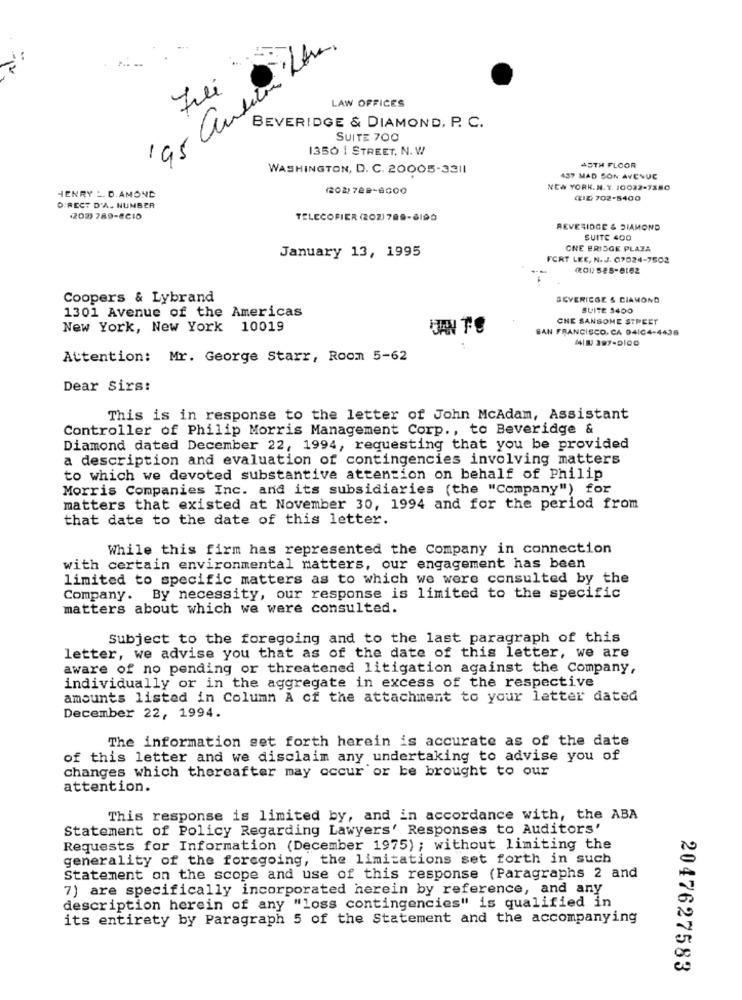
'95 audioi Litre.
Fili
LAW OFFICES
BEVERIDGE & DIAMOND, P. C.
SUITE 700
1350 1 STREET. N. W
45TH FLOOR
WASHINGTON, D. C. 20005-3311
437 MAD SON AVENUE
(202)728-6000
NEW YORK. N. Y. 10022-7380
HENRY L. D. AMOND
ZIZ) 702-5400
DIRECT D'A. NUMBER
(202) 789-8210
TELECOFIER (202) 789-6190
BEVERIDGE & DIAMOND
SUITE 400
CNE BRIDGE PLAZA
January 13, 1995
FORT LEE, N. J. 07024-7502
(201 585-8162
Coopers & Lybrand
SEVERICGE & DIAMOND
1301 Avenue of the Americas
SUITE 3400
CHE SANSOME STREET
New York, New York 10019
SAN FRANCISCO, CA 04104-4436
418 297-0100
Attention: Mr. George Starr, Room 5-62
Dear Sirs:
This is in response to the letter of John McAdam, Assistant
Controller of Philip Morris Management Corp ., to Beveridge &
Diamond dated December 22, 1994, requesting that you be provided
a description and evaluation of contingencies involving matters
to which we devoted substantive attention on behalf of Philip
Morris Companies Inc. and its subsidiaries (the "Company") for
matters that existed at November 30, 1994 and for the period from
that date to the date of this letter.
While this firm has represented the Company in connection
with certain environmental matters, our engagement has been
limited to specific matters as to which we were consulted by the
Company. By necessity, our response is limited to the specific
matters about which we were consulted.
Subject to the foregoing and to the last paragraph of this
letter, we advise you that as of the date of this letter, we are
aware of no pending or threatened litigation against the Company,
individually or in the aggregate in excess of the respective
amounts listed in Column A of the attachment to your letter dated
December 22, 1994.
The information set forth herein is accurate as of the date
of this letter and we disclaim any undertaking to advise you of
changes which thereafter may occur or be brought to our
attention.
This response is limited by, and in accordance with, the ABA
Statement of Policy Regarding Lawyers' Responses to Auditors'
Requests for Information (December 1975) ; without limiting the
generality of the foregoing, the limitations set forth in such
Statement on the scope and use of this response (Paragraphs 2 and
7) are specifically incorporated herein by reference, and any
description herein of any "loss contingencies" is qualified in
its entirety by Paragraph 5 of the Statement and the accompanying
2047627583